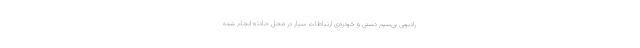
رادیویی بی‌سیم دستی و خودروی ارتباطات سیار در محل حادثه انجام شده